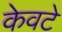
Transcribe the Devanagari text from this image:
केवटे